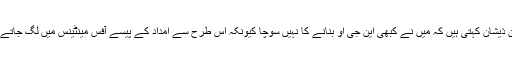
افشین ذیشان کہتی ہیں کہ میں نے کبھی این جی او بنانے کا نہیں سوچا کیونکہ اس طرح سے امداد کے پیسے آفس مینٹینس میں لگ جاتے ہیں۔